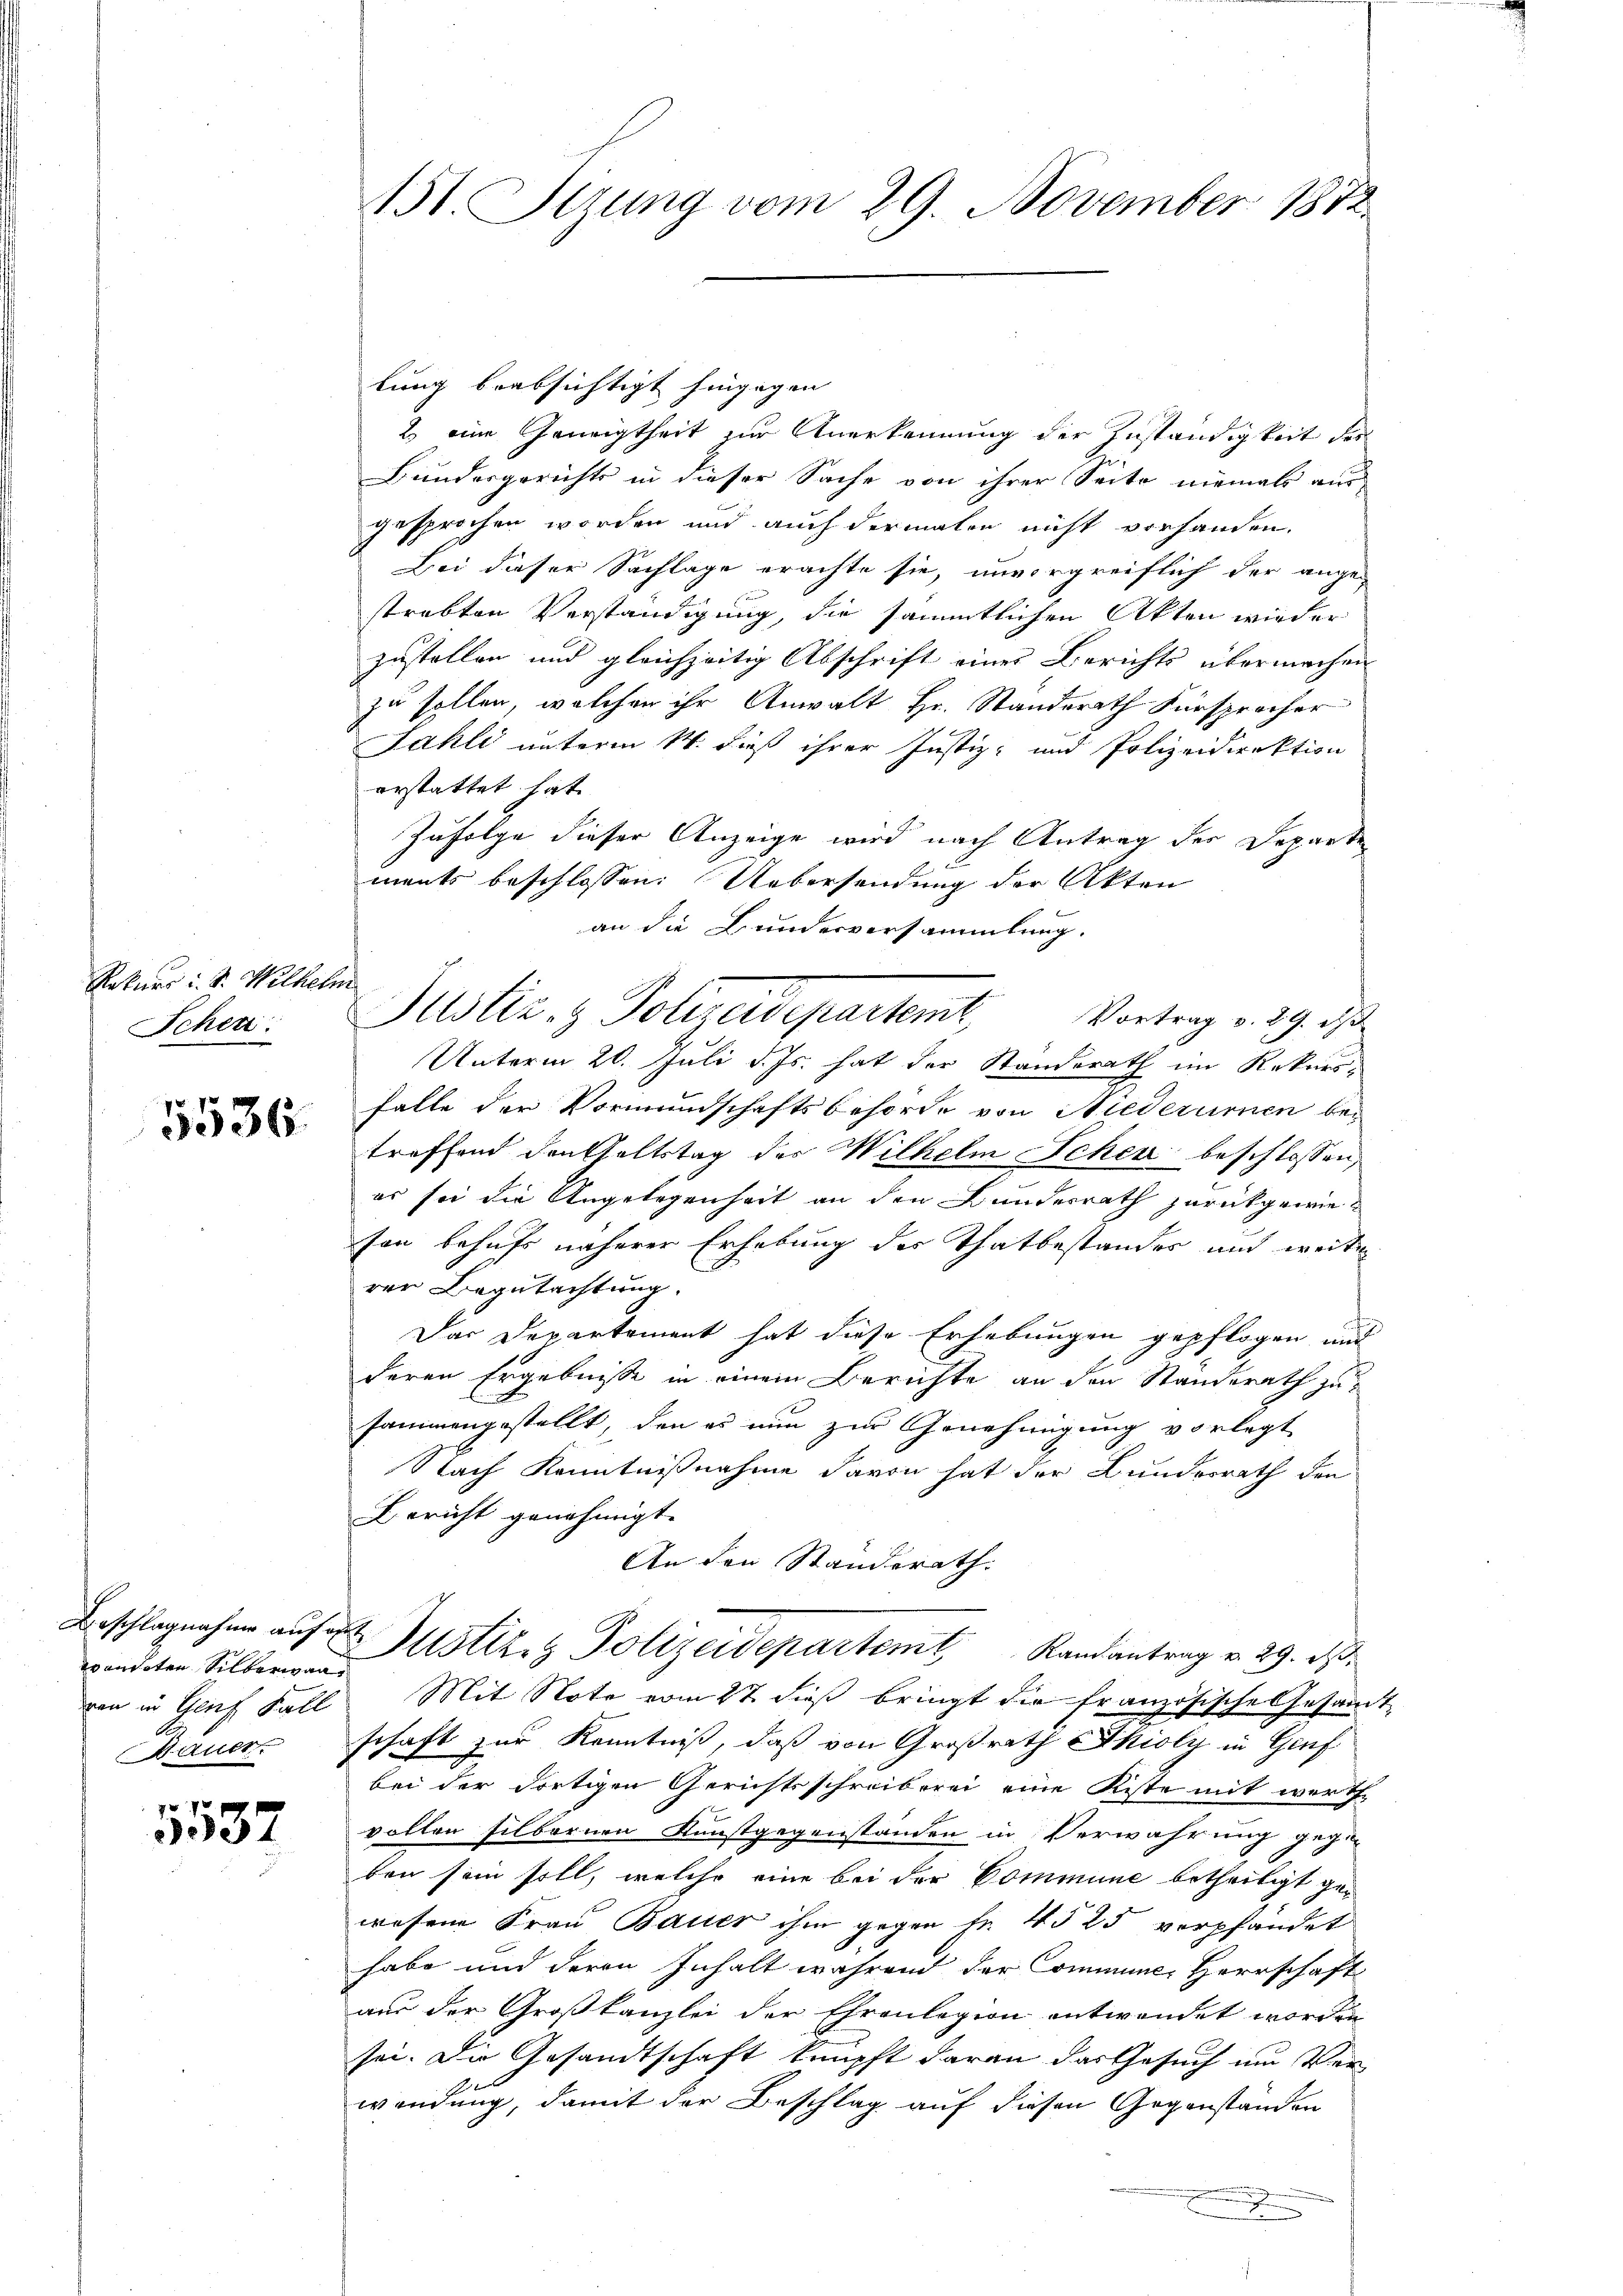
Rekurs i. S. Wilhelm
Schen.

5536.

wandeten Silberwan
A
Dauer

5537

lung beabsichtigt hingegen
2. eine Geneigtheit zur Anerkennung der Zuständigkeit der
Bundergerichts in dieser Sache von ihrer Seite niemals aus
gesprochen worden und auch dermalen nicht vorhanden.
Bei dieser Sachlage erachte sie, unvergreiflich der angestrebten Verständigung, die sämmtlichen Akten wieder
zustellen und gleichzeitig Abschrift einer Berichts übermachen
zu sollen, welchen ihr Anwalt Hr. Standsrath Fürspracher
Fahli unterm 14. dieß ihrer Justiz- und Polizeidirektion
erstattet hat.
Zufolge dieser Anzeige wird nach Antrag der Departe
ments beschlossen: Uebersendung der Akten
an die Bundesversammlung.
Vortrag v. 29. ds
Unterm 20. Juli d. Js. hat der Standerath im Rekursfalte der Vormundschaftsbehörde von Niederumen bei
treffend den Haltstag der Wilhelm Schen beschlossen,
es sei die Angelegenheit an den Bundesrath zurückgewieson behufs näherer Erhebung der Thatbestandes und weiter
rer Begutachtung.
Das Departement hat diese Erhebungen gepflogen und
deren Ergebnisse in einem Berichte an den Standerath zul
sammengestellt, den es nun zur Genehmigung vorlegt
Nach Kenntnißnahme davon hat der Bundesrath den
Bericht genehmigt.
An den Standerath.
Beschlagnahme auf Justiz & Polizeidepartem Randantrag v. 29. ds.
von in Genf Fall. Mit Note vom 27. dieß bringt die französische Gesamm
schaft zur Kenntniß, daß von Großrath SSkioly in Genf
.
bei der dortigen Gerichtsschreiberei eine Riste mit werthe
vollen silbernen Kunstgegenständen in Verwahrung gegen
ben sein soll, welche eine bei der Commune betheiligt gewesene Frau Bauer ihm gegen Fr. 45 25 verpfändet
habe und deren Inhalt während der Comminl. Herrschaft
aus der Großkanzlei der Ehrenlegion entwendet worden
sei. Die Gesandtschaft knüpft daran das Gesuch um Ver-
wendung, damit der Beschlag auf diesen Gegenstanden
e

151. Sizung vom 29. November 1872

Justiz- & Polizadeparteme,

t